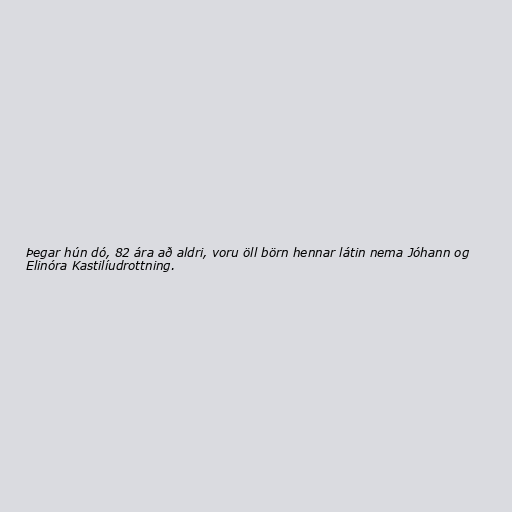
Þegar hún dó, 82 ára að aldri, voru öll börn hennar látin nema Jóhann og
Elinóra Kastilíudrottning.